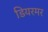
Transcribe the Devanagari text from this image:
डियरमर